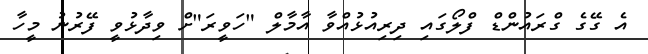
އެ ގޭގެ ގްރައުންޑް ފްލޯގައި ދިރިއުޅުއްވާ އާމާލް "ހަވީރަ"ށް ވިދާޅުވީ ފޭރުނު މީހާ